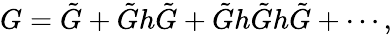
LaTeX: G=\tilde{G}+\tilde{G}h\tilde{G}+\tilde{G}h\tilde{G}h\tilde{G}+\cdots,